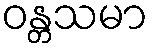
ဝန္တသမာ